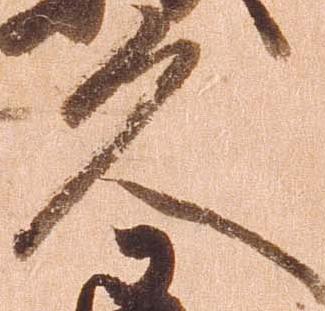
久